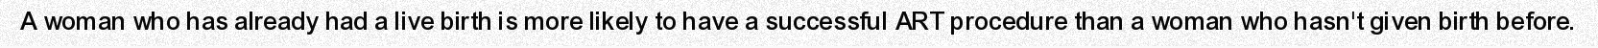
A woman who has already had a live birth is more likely to have a successful ART procedure than a woman who hasn't given birth before.